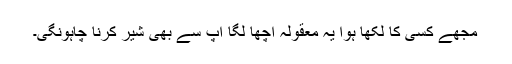
مجھے کسی کا لکھا ہوا یہ معقولہ اچھا لگا اپ سے بھی شیر کرنا چاہونگی۔